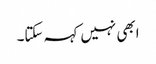
ابھی نہیں کہہ سکتا۔